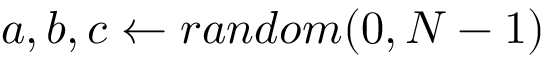
\ { a , b , c \gets r a n d o m ( 0 , N - 1 ) }